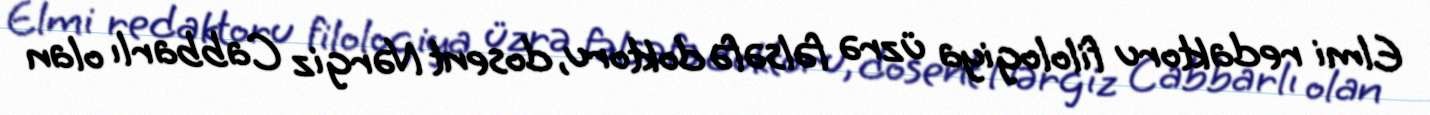
Elmi redaktoru filologiya üzrə fəlsəfə doktoru, dosent Nərgiz Cabbarlı olan